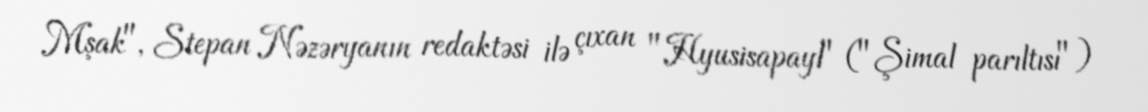
Mşak", Stepan Nəzəryanın redaktəsi ilə çıxan "Hyusisapayl" ("Şimal parıltısı")